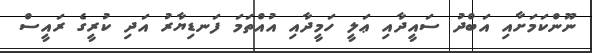
ނޫންކަމަށާއި އަބްދު ސައީދާއި ޢަލީ ހަމީދާއި އުއްތަމަ ފަނޑިޔާރު އަދި ކުރީގެ ރައީސް